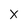
Character: X